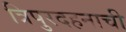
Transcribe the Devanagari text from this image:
त्रिपुरदहनाची